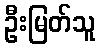
ဦးမြတ်သူ